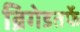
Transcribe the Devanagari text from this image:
ब्रिगेडतर्फे